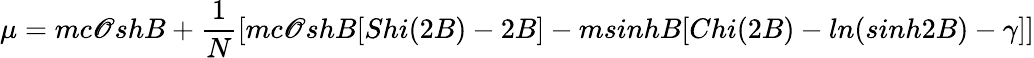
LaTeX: \mu=mc\mathscr{O}shB+\frac{{1}}{{N}}\left[mc\mathscr{O}shB[Shi(2B)-2B]-msinhB[Chi(2B)-ln(sinh2B)-\gamma]\right]